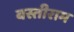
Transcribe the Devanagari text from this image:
बस्तीराम